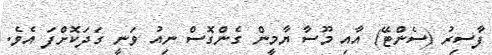
ފާސިރު (ސެންޓޭ) އާއި މޫސާ ޔާމީން ގެންގޮސް ނިއު ވަނީ ގަދަކޮށްފަ އެވެ.